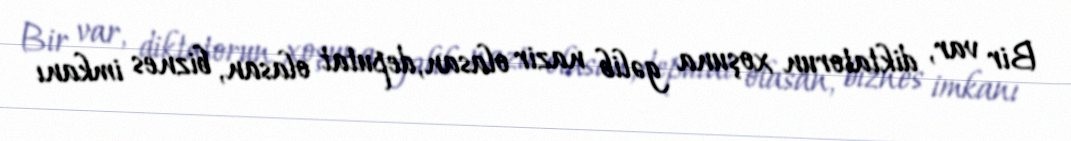
Bir var, diktatorun xoşuna gəlib nazir olasan, deputat olasan, biznes imkanı